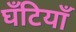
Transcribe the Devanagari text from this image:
घँटियाँ